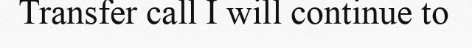
Transfer call I will continue to